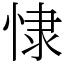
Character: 㥆